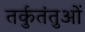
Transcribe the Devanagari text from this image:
तर्कुतंतुओं